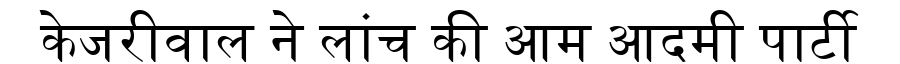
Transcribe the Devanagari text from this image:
केजरीवाल ने लांच की आम आदमी पार्टी